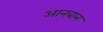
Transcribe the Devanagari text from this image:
आनबान